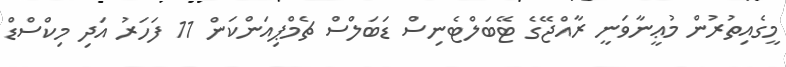
މީގެއިތުރުން މުޢީނާވަނީ ރާއްޖޭގެ ޓޭބަލްޓެނިސް ޑަބަލްސް ޗެމްޕިއަންކަން 11 ފަހަރު އަދި މިކްސްޑް